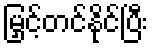
မြှင့်တင်နိုင်ပြီး